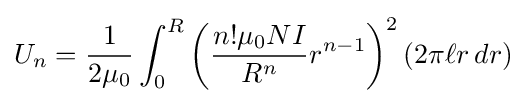
U_{n}={\frac {1}{2\mu _{0}}}\int _{0}^{R}\left({\frac {n!\mu _{0}NI}{R^{n}}}r^{n-1}\right)^{2}(2\pi \ell r\,dr)